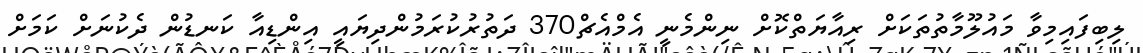
ލިބިފައިމިވާ މައުލޫމާތުތަކަށް ރިއާޔަތްކޮށް ނިންމެނީ އެމްއެޗް370 ދަތުރުކުރަމުންދިޔައީ އިންޑިއާ ކަނޑުން ދެކުނަށް ކަމަށް